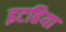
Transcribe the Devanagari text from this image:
इटहिया